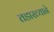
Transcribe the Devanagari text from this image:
तडाख्याने